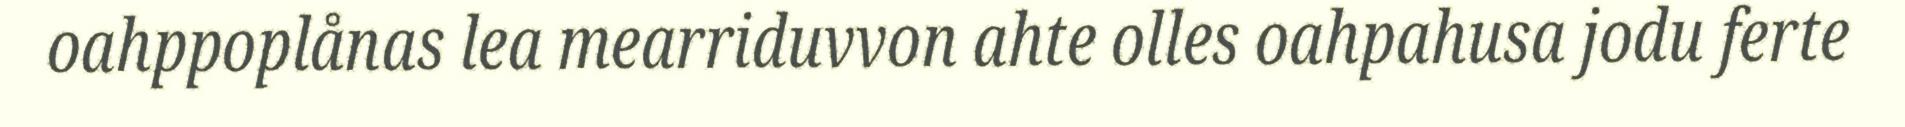
oahppoplånas lea mearriduvvon ahte olles oahpahusa jodu ferte